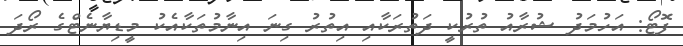
ފޮޓޯ: އަހުމަދު ޝުރާއު ތުރުކީ ދަތުރަކާއި އިތުރު ގިނަ އިނާމުތަކާއެކު މީޑިޔާނެޓްގެ ރޯދަ